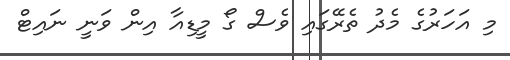
މި އަހަރުގެ މެދު ތެރޭގައި ވެސް ގޯ މީޑިއާ އިން ވަނީ ނައިޓް